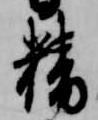
精